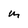
Character: m